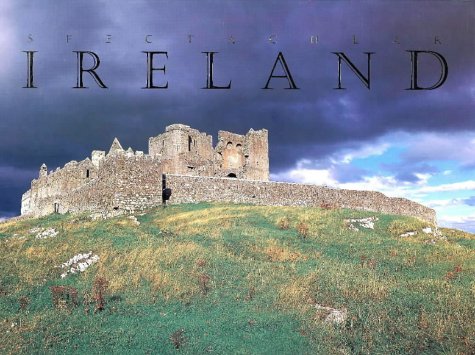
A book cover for Spectacular Ireland; Peter Harbison; Travel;